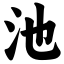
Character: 池